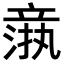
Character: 𬔦